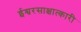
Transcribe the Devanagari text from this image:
ईश्वरसाक्षात्कारी